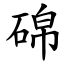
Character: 䃇